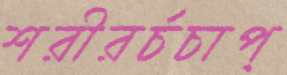
শরীরর্চচাপ্